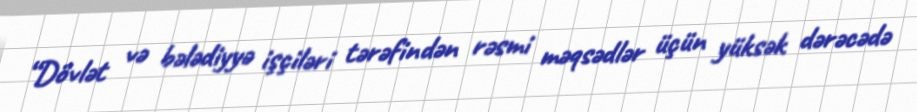
“Dövlət və bələdiyyə işçiləri tərəfindən rəsmi məqsədlər üçün yüksək dərəcədə